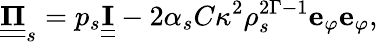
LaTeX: \underline{{\underline{{\mathbf{\Pi}}}}}_{s}=p_{s}\underline{{\underline{{\mathbf{I}}}}}-2\alpha_{s}C\kappa^{2}\rho_{s}^{2\Gamma-1}\mathbf{e}_{\varphi}\mathbf{e}_{\varphi},